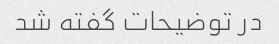
در توضیحات گفته شد